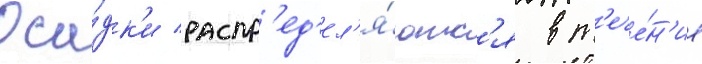
Оса́дк'и распр'ед'ел'я́ютс'я в т'ече́н'ие